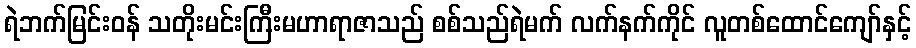
ရဲဘက်မြင်းဝန် သတိုးမင်းကြီးမဟာရာဇာသည် စစ်သည်ရဲမက် လက်နက်ကိုင် လူတစ်ထောင်ကျော်နှင့်